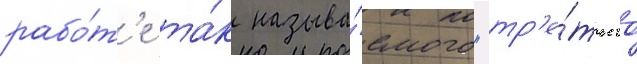
рабо́т'е та́к называ́емого "тр'е́тьего